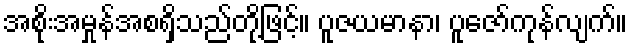
အစိုးအမှုန်အစရှိသည်တို့ဖြင့်။ ပူဇယမာနာ၊ ပူဇော်ကုန်လျက်။